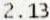
2.13